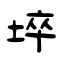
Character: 埣